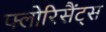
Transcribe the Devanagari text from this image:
फ्लोरिसैंट्स